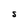
Character: S